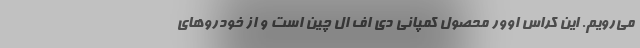
می‌رویم. این کراس اوور محصول کمپانی دی اف ال چین است و از خودروهای